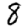
Digit: 8